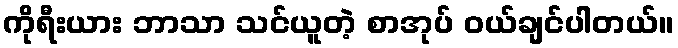
ကိုရီးယား ဘာသာ သင်ယူတဲ့ စာအုပ် ဝယ်ချင်ပါတယ်။